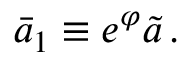
\bar { a } _ { 1 } \equiv e ^ { \varphi } \tilde { a } \, .